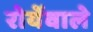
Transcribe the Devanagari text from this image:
रोयेंवाले